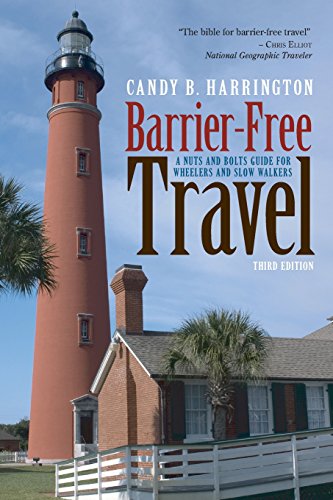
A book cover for Barrier-Free Travel (Barrier-Free Travel: A Nuts & Bolts Guide for Wheelers & Slow Walker); Candy Harrington; Travel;